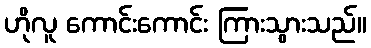
ဟိုလူ ကောင်းကောင်း ကြားသွားသည်။